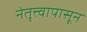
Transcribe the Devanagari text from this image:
नेतृत्त्वापासून